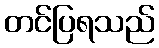
တင်ပြရသည်